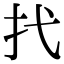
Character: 𢩮